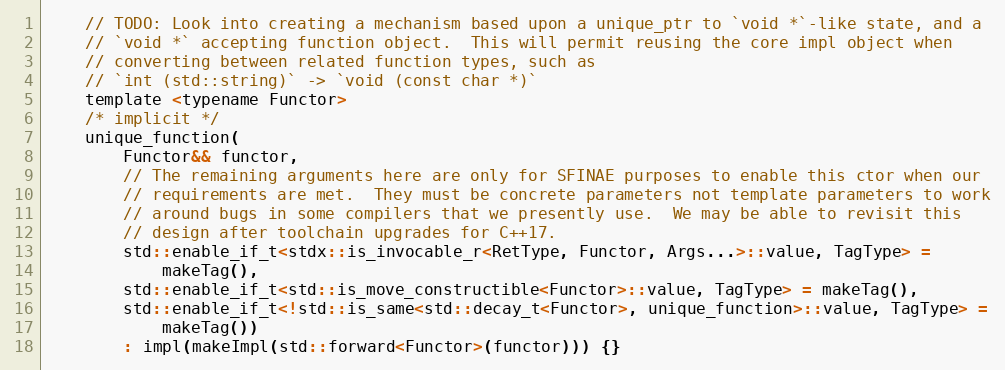
Language: C
    // TODO: Look into creating a mechanism based upon a unique_ptr to `void *`-like state, and a
    // `void *` accepting function object.  This will permit reusing the core impl object when
    // converting between related function types, such as
    // `int (std::string)` -> `void (const char *)`
    template <typename Functor>
    /* implicit */
    unique_function(
        Functor&& functor,
        // The remaining arguments here are only for SFINAE purposes to enable this ctor when our
        // requirements are met.  They must be concrete parameters not template parameters to work
        // around bugs in some compilers that we presently use.  We may be able to revisit this
        // design after toolchain upgrades for C++17.
        std::enable_if_t<stdx::is_invocable_r<RetType, Functor, Args...>::value, TagType> =
            makeTag(),
        std::enable_if_t<std::is_move_constructible<Functor>::value, TagType> = makeTag(),
        std::enable_if_t<!std::is_same<std::decay_t<Functor>, unique_function>::value, TagType> =
            makeTag())
        : impl(makeImpl(std::forward<Functor>(functor))) {}